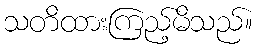
သတိထားကြည့်မိသည်။